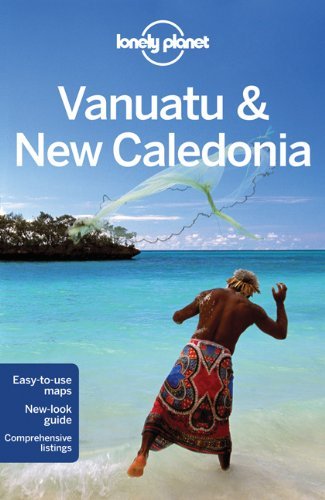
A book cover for By Lonely Planet Lonely Planet Vanuatu & New Caledonia (Travel Guide) (7th Edition); Travel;